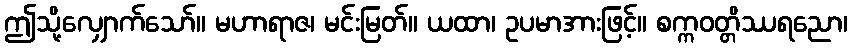
ဤသို့လျှောက်သော်။ မဟာရာဇ၊ မင်းမြတ်။ ယထာ၊ ဥပမာအားဖြင့်။ စက္ကဝတ္တိဿရညော၊